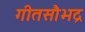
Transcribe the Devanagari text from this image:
गीतसौभद्र